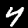
Digit: 4